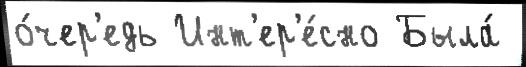
о́чер'едь Инт'ер'е́сно Была́